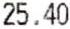
25.40